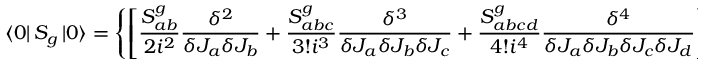
\left\langle 0 \right| S _ { g } \left| 0 \right\rangle = \left\{ \left[ \frac { S _ { a b } ^ { g } } { 2 i ^ { 2 } } \frac { \delta ^ { 2 } } { \delta J _ { a } \delta J _ { b } } + \frac { S _ { a b c } ^ { g } } { 3 ! i ^ { 3 } } \frac { \delta ^ { 3 } } { \delta J _ { a } \delta J _ { b } \delta J _ { c } } + \frac { S _ { a b c d } ^ { g } } { 4 ! i ^ { 4 } } \frac { \delta ^ { 4 } } { \delta J _ { a } \delta J _ { b } \delta J _ { c } \delta J _ { d } } \right] Z \left[ J , \bar { \eta } , \eta , \bar { \xi } , \xi \right] \right\} _ { J , \bar { \eta } , \eta , \bar { \xi } , \xi = 0 } .